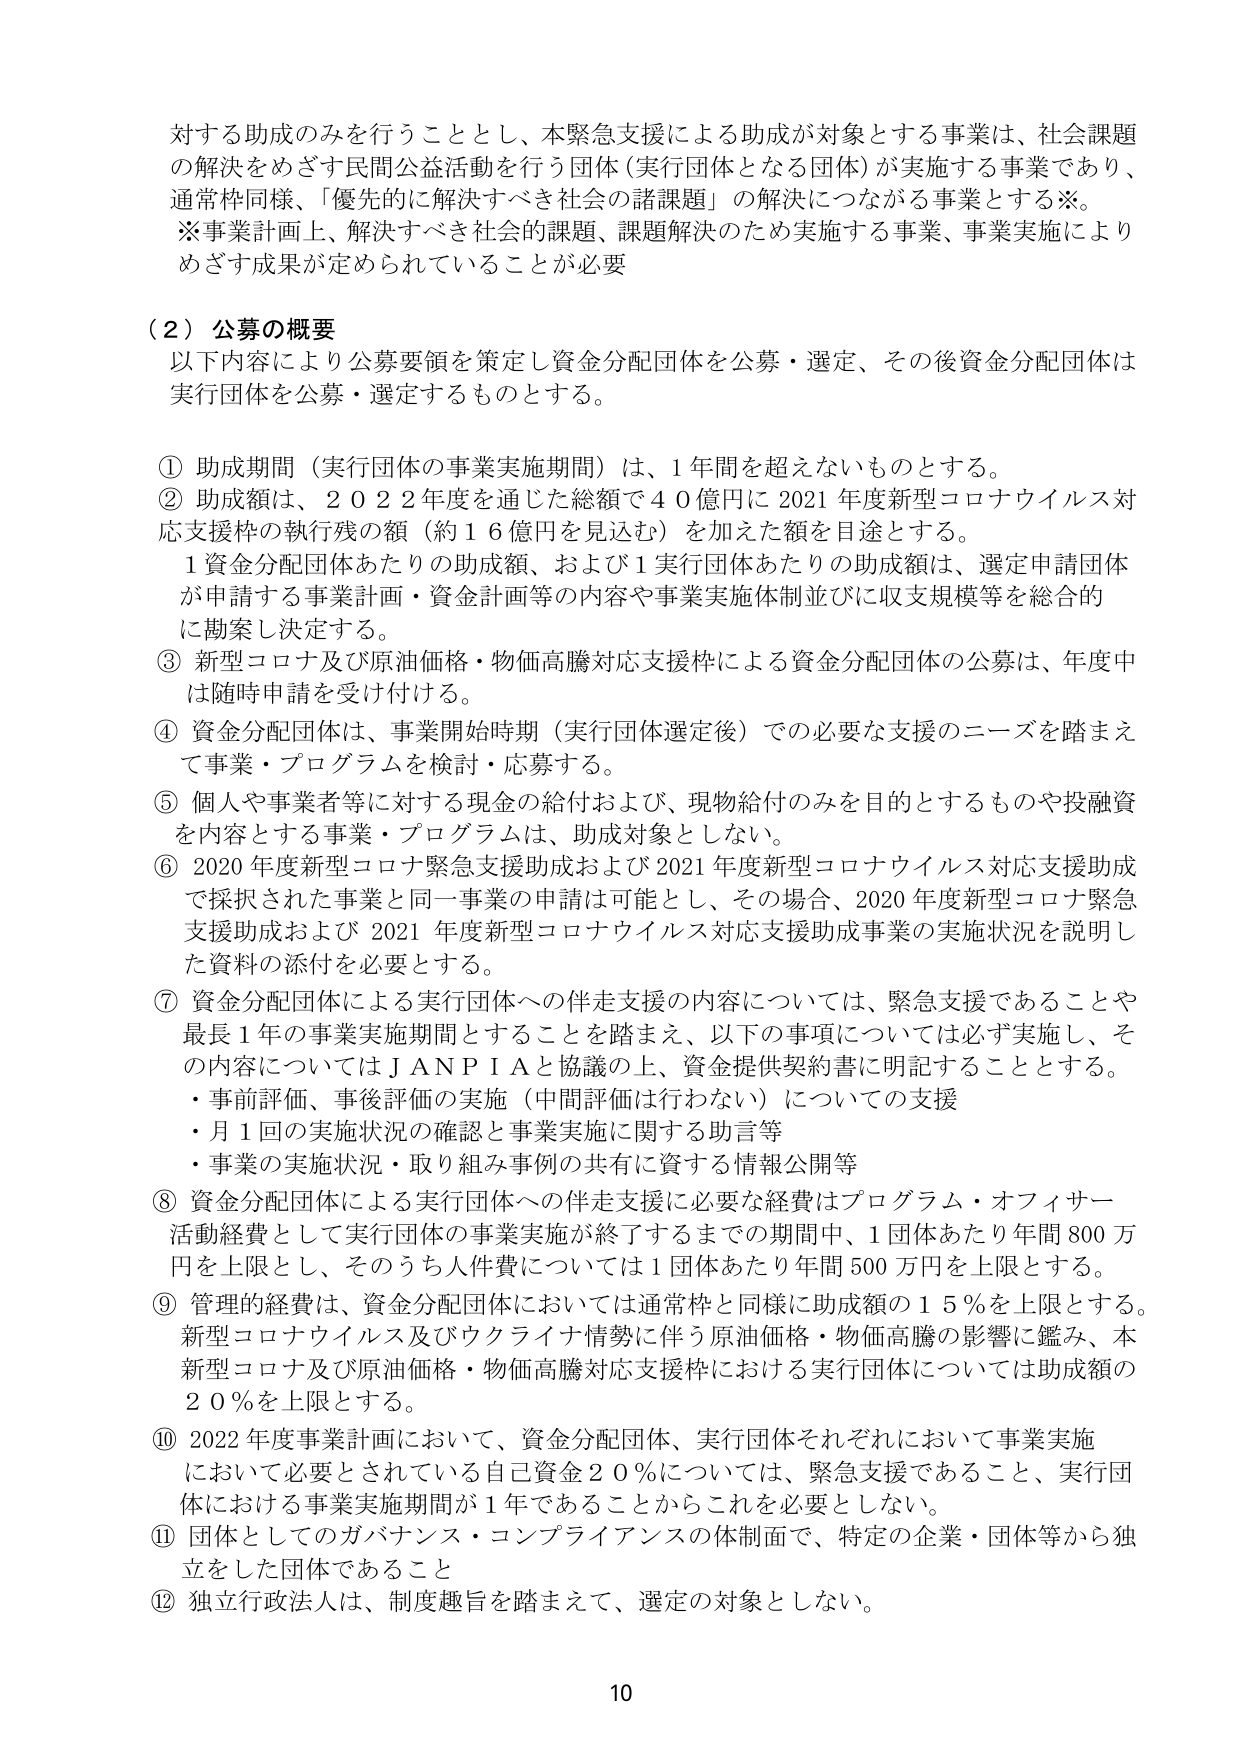
対する助成のみを行うこととし、本緊急支援による助成が対象とする事業は、社会課題の解決をめざす民間公益活動を行う団体（実行団体となる団体）が実施する事業であり、通常枠同様、「優先的に解決すべき社会の諸課題」の解決につながる事業とする※。
※事業計画上、解決すべき社会的課題、課題解決のため実施する事業、事業実施によりめざす成果が定められていることが必要

（２）公募の概要
以下内容により公募要領を策定し資金分配団体を公募・選定、その後資金分配団体は実行団体を公募・選定するものとする。

① 助成期間（実行団体の事業実施期間）は、1年間を超えないものとする。
② 助成額は、2022年度を通じた総額で40億円に2021年度新型コロナウイルス対応支援枠の執行残の額（約16億円を見込む）を加えた額を目途とする。
　1資金分配団体あたりの助成額、および1実行団体あたりの助成額は、選定申請団体が申請する事業計画・資金計画等の内容や事業実施体制並びに収支規模等を総合的に勘案し決定する。
③ 新型コロナ及び原油価格・物価高騰対応支援枠による資金分配団体の公募は、年度中は随時申請を受け付ける。
④ 資金分配団体は、事業開始時期（実行団体選定後）での必要な支援のニーズを踏まえて事業・プログラムを検討・応募する。
⑤ 個人や事業者等に対する現金の給付および、現物給付のみを目的とするものや投融資を内容とする事業・プログラムは、助成対象としない。
⑥ 2020年度新型コロナ緊急支援助成および2021年度新型コロナウイルス対応支援助成で採択された事業と同一事業の申請は可能とし、その場合、2020年度新型コロナ緊急支援助成および2021年度新型コロナウイルス対応支援助成事業の実施状況を説明した資料の添付を必要とする。
⑦ 資金分配団体による実行団体への伴走支援の内容については、緊急支援であることや最長1年の事業実施期間とすることを踏まえ、以下の事項については必ず実施し、その内容についてはJANPIAと協議の上、資金提供契約書に明記することとする。
　・事前評価、事後評価の実施（中間評価は行わない）についての支援
　・月1回の実施状況の確認と事業実施に関する助言等
　・事業の実施状況・取り組み事例の共有に資する情報公開等
⑧ 資金分配団体による実行団体への伴走支援に必要な経費はプログラム・オフィサー活動経費として実行団体の事業実施が終了するまでの期間中、1団体あたり年間800万円を上限とし、そのうち人件費については1団体あたり年間500万円を上限とする。
⑨ 管理的経費は、資金分配団体においては通常枠と同様に助成額の15％を上限とする。新型コロナウイルス及びウクライナ情勢に伴う原油価格・物価高騰の影響に鑑み、本新型コロナ及び原油価格・物価高騰対応支援枠における実行団体については助成額の20％を上限とする。
⑩ 2022年度事業計画において、資金分配団体、実行団体それぞれにおいて事業実施において必要とされている自己資金20％については、緊急支援であること、実行団体における事業実施期間が1年であることからこれを必要としない。
⑪ 団体としてのガバナンス・コンプライアンスの体制面で、特定の企業・団体等から独立をした団体であること
⑫ 独立行政法人は、制度趣旨を踏まえて、選定の対象としない。

10